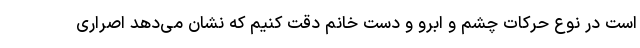
است در نوع حرکات چشم و ابرو و دست خانم دقت کنیم که نشان می‌دهد اصراری